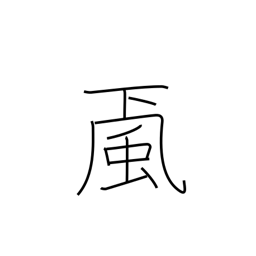
Meaning: wind from mountains